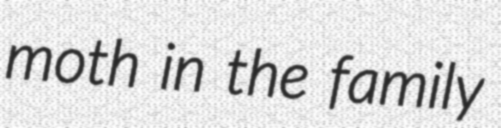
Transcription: moth in the family